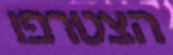
הצטרפו